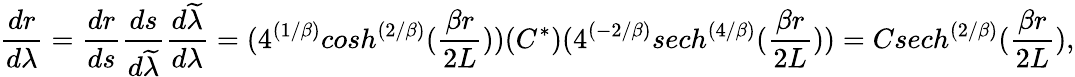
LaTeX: {\frac{dr}{d\lambda}}={\frac{dr}{ds}}{\frac{ds}{d\widetilde{\lambda}}}{\frac{d\widetilde{\lambda}}{d\lambda}}=(4^{(1/\beta)}cosh^{\left({2/\beta}\right)}({\frac{\beta r}{2L}}))(C^{*})(4^{(-2/\beta)}sech^{\left({4/\beta}\right)}({\frac{\beta r}{2L}}))=Csech^{\left({2/\beta}\right)}({\frac{\beta r}{2L}}),